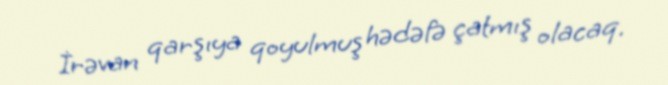
İrəvan qarşıya qoyulmuş hədəfə çatmış olacaq.